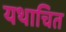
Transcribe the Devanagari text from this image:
यथाचित